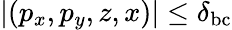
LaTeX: |(p_{x},p_{y},z,x)|\leq\delta_{\mathrm{bc}}